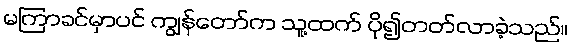
မကြာခင်မှာပင် ကျွန်တော်က သူ့ထက် ပို၍တတ်လာခဲ့သည်။